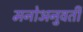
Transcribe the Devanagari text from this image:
मनोअनुवर्ती